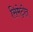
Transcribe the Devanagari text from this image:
सिमेट्रीत